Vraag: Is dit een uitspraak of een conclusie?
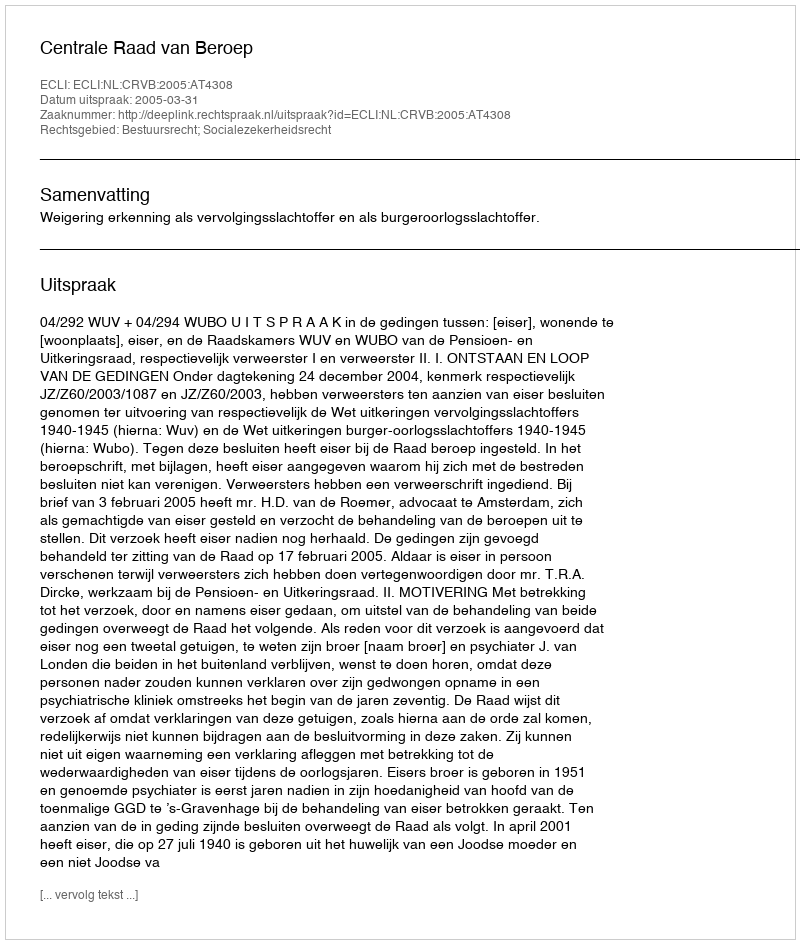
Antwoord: Uitspraak